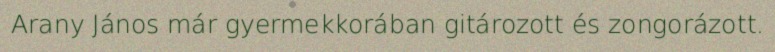
Arany János már gyermekkorában gitározott és zongorázott.